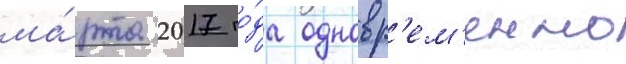
ма́рта 2017 го́да одновр'ем'енно